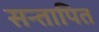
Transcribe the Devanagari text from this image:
सन्तापित